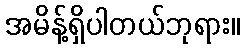
အမိန့်ရှိပါတယ်ဘုရား။